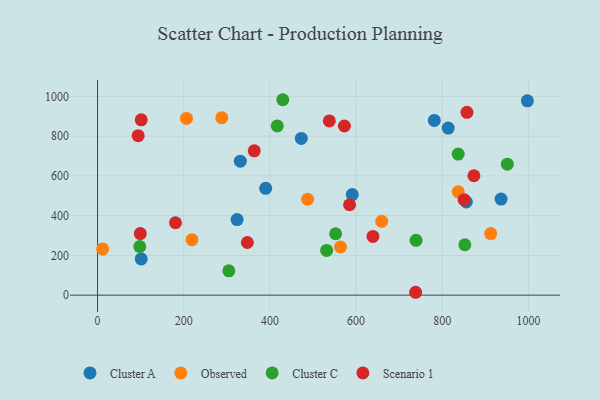
{"axis": {"x": "Engine Size", "y": "Exam Score"}, "legend": ["Cluster A", "Cluster C", "Observed", "Scenario 1"], "data": [{"x": "936.5", "y": 483.4, "type": "Cluster A"}, {"x": "997.5", "y": 977.9, "type": "Cluster A"}, {"x": "323.9", "y": 380.1, "type": "Cluster A"}, {"x": "472.9", "y": 788.9, "type": "Cluster A"}, {"x": "813.7", "y": 840.5, "type": "Cluster A"}, {"x": "591.1", "y": 505.9, "type": "Cluster A"}, {"x": "781.5", "y": 879.0, "type": "Cluster A"}, {"x": "331.4", "y": 674.3, "type": "Cluster A"}, {"x": "101.4", "y": 182.2, "type": "Cluster A"}, {"x": "855.8", "y": 468.7, "type": "Cluster A"}, {"x": "390.2", "y": 537.6, "type": "Cluster A"}, {"x": "912.3", "y": 310.0, "type": "Observed"}, {"x": "487.5", "y": 482.6, "type": "Observed"}, {"x": "288.3", "y": 893.3, "type": "Observed"}, {"x": "11.8", "y": 232.8, "type": "Observed"}, {"x": "219.1", "y": 279.1, "type": "Observed"}, {"x": "837.1", "y": 519.9, "type": "Observed"}, {"x": "206.4", "y": 889.3, "type": "Observed"}, {"x": "659.4", "y": 371.4, "type": "Observed"}, {"x": "563.8", "y": 242.3, "type": "Observed"}, {"x": "852.4", "y": 253.7, "type": "Cluster C"}, {"x": "531.7", "y": 225.1, "type": "Cluster C"}, {"x": "837.0", "y": 710.1, "type": "Cluster C"}, {"x": "304.7", "y": 122.4, "type": "Cluster C"}, {"x": "98.0", "y": 244.7, "type": "Cluster C"}, {"x": "429.8", "y": 983.4, "type": "Cluster C"}, {"x": "739.2", "y": 275.7, "type": "Cluster C"}, {"x": "417.1", "y": 851.8, "type": "Cluster C"}, {"x": "552.5", "y": 309.1, "type": "Cluster C"}, {"x": "950.9", "y": 659.1, "type": "Cluster C"}, {"x": "537.9", "y": 876.9, "type": "Scenario 1"}, {"x": "857.3", "y": 920.1, "type": "Scenario 1"}, {"x": "99.2", "y": 310.1, "type": "Scenario 1"}, {"x": "180.9", "y": 364.3, "type": "Scenario 1"}, {"x": "94.3", "y": 802.3, "type": "Scenario 1"}, {"x": "101.4", "y": 882.3, "type": "Scenario 1"}, {"x": "584.9", "y": 455.0, "type": "Scenario 1"}, {"x": "850.6", "y": 480.4, "type": "Scenario 1"}, {"x": "347.7", "y": 265.0, "type": "Scenario 1"}, {"x": "639.1", "y": 295.5, "type": "Scenario 1"}, {"x": "363.7", "y": 726.5, "type": "Scenario 1"}, {"x": "572.9", "y": 851.3, "type": "Scenario 1"}, {"x": "738.2", "y": 14.5, "type": "Scenario 1"}, {"x": "873.4", "y": 600.9, "type": "Scenario 1"}]}